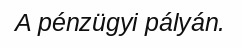
A pénzügyi pályán.